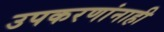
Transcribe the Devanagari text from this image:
उपकरणांनाही